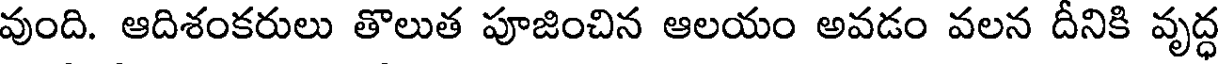
వుంది. ఆదిశంకరులు తొలుత పూజించిన ఆలయం అవడం వలన దీనికి వృద్ధ